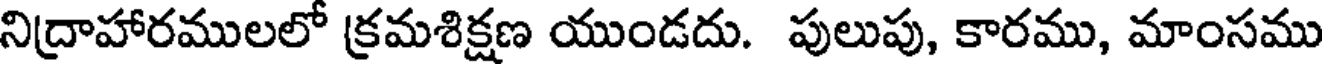
నిద్రాహారములలో క్రమశిక్షణ యుండదు. పులుపు, కారము, మాంసము